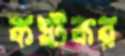
কষ্টকর